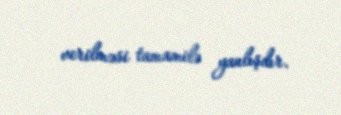
verilməsi tamamilə yanlışdır.